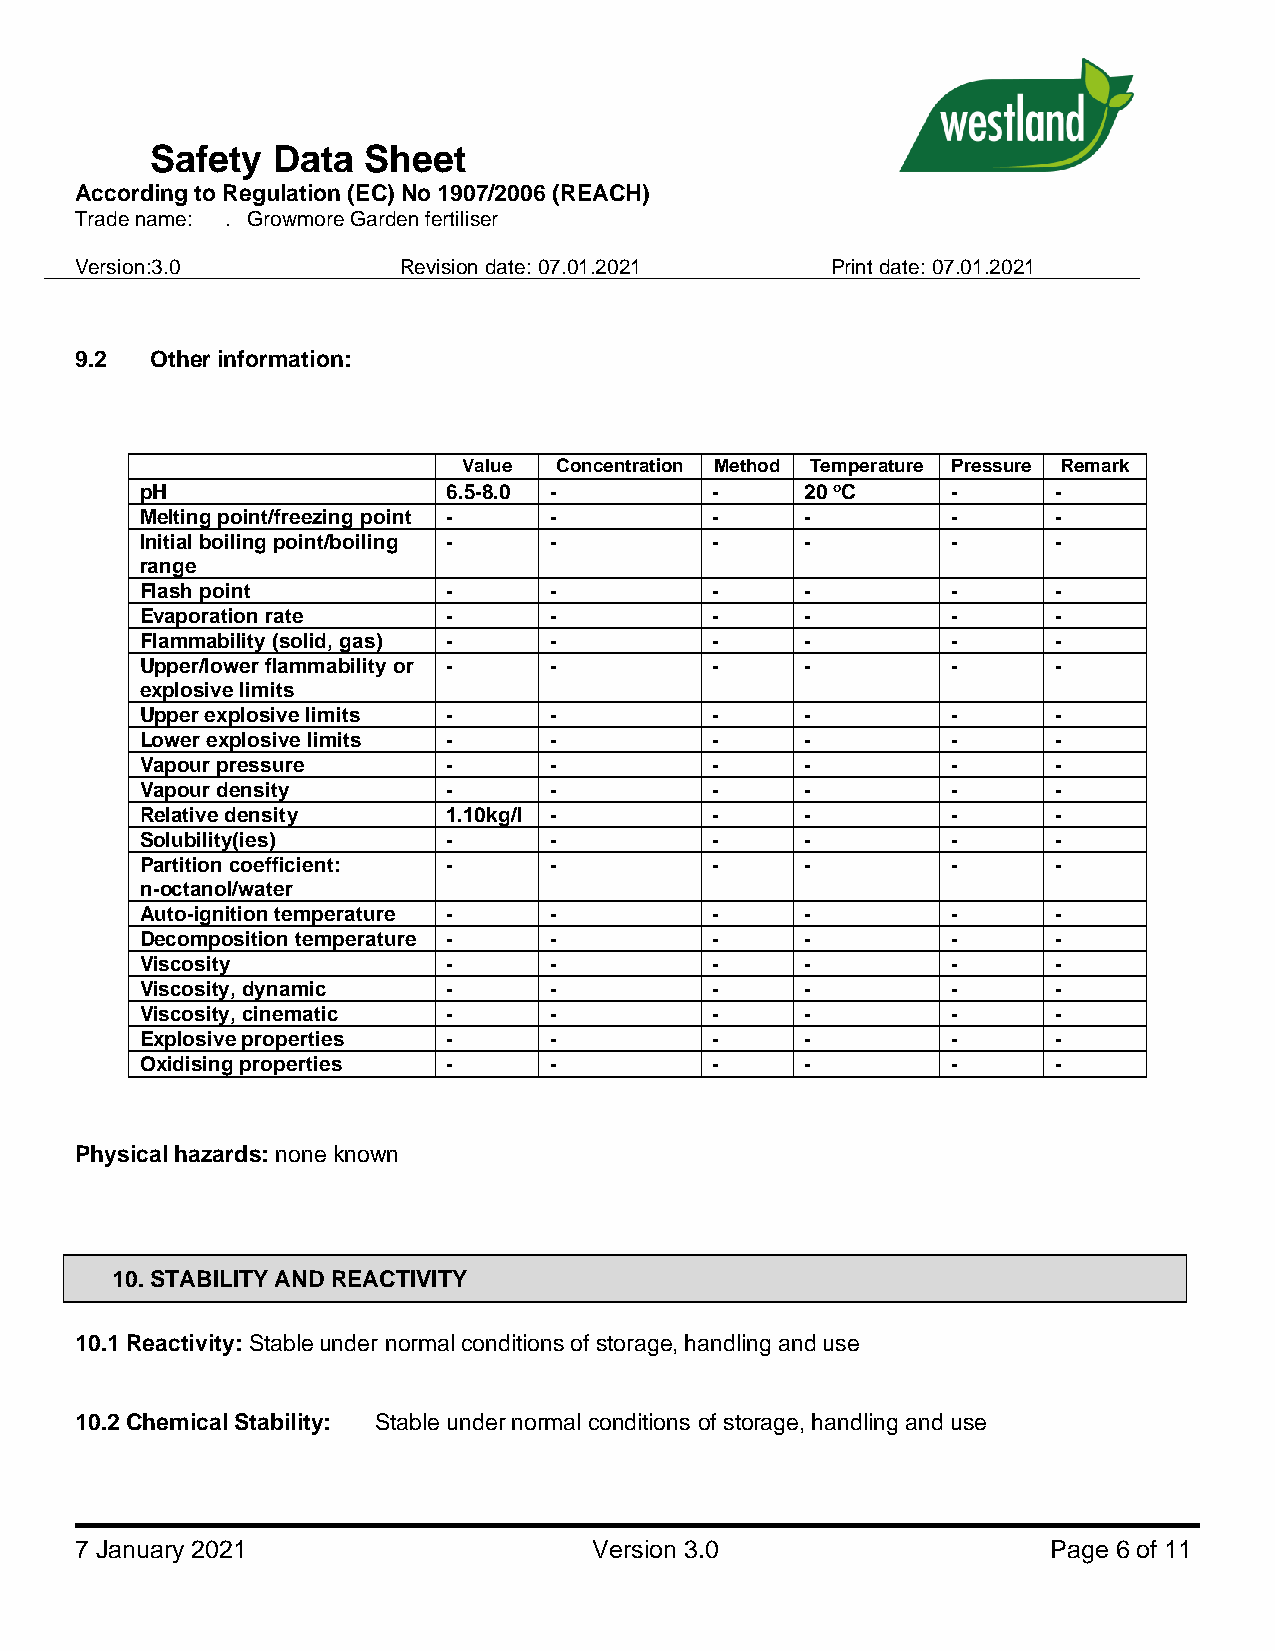
Safety  Data  Sheet
 According to Regulation (EC) No 1907/2006 (REACH)
 Trade name: . Growmore Garden fertiliser
 Version:3.0          Revision date: 07.01.2021    Print date: 07.01.2021
 9.2  Other information:
 Value Concentration Method Temperature Pressure Remark
 pH                   6.5-8.0 -        -     20 oC     -      -
 Melting point/freezing point - -      -     -         -      -
 Initial boiling point/boiling - -     -     -         -      -
 range
 Flash point          -     -          -     -         -      -
 Evaporation rate     -     -          -     -         -      -
 Flammability (solid, gas) - -         -     -         -      -
 Upper/lower flammability or - -       -     -         -      -
 explosive limits
 Upper explosive limits -   -          -     -         -      -
 Lower explosive limits -   -          -     -         -      -
 Vapour pressure      -     -          -     -         -      -
 Vapour density       -     -          -     -         -      -
 Relative density     1.10kg/l -       -     -         -      -
 Solubility(ies)      -     -          -     -         -      -
 Partition coefficient: -   -          -     -         -      -
 n-octanol/water
 Auto-ignition temperature - -         -     -         -      -
 Decomposition temperature - -         -     -         -      -
 Viscosity            -     -          -     -         -      -
 Viscosity, dynamic   -     -          -     -         -      -
 Viscosity, cinematic -     -          -     -         -      -
 Explosive properties -     -          -     -         -      -
 Oxidising properties -     -          -     -         -      -
 Physical hazards: none known
 10. STABILITY AND REACTIVITY
 10.1 Reactivity: Stable under normal conditions of storage, handling and use
 10.2 Chemical Stability: Stable under normal conditions of storage, handling and use
 7 January 2021                    Version 3.0                    Page 6 of 11